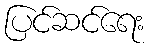
ပြင်ဆင်ရေး